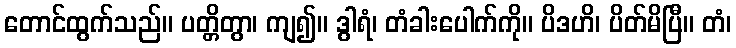
တောင်ထွက်သည်။ ပတ္တိတွာ၊ ကျ၍။ ဒွါရံ၊ တံခါးပေါက်ကို။ ပိဒဟိ၊ ပိတ်မိပြီ။ တံ၊